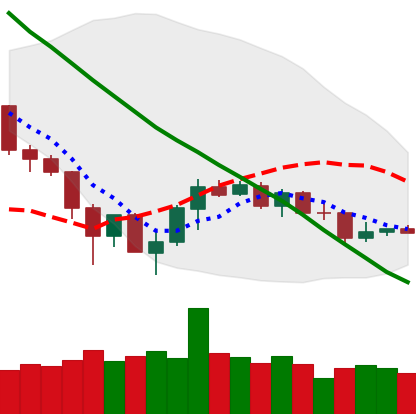
Ticker: TRX-USD
Chart end date: 2019-12-07
Forward return: -5.022%
Label: down_5_7